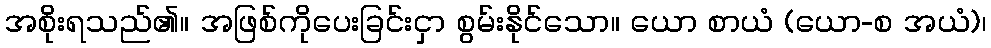
အစိုးရသည်၏။ အဖြစ်ကိုပေးခြင်းငှာ စွမ်းနိုင်သော။ ယော စာယံ (ယော-စ အယံ)၊